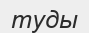
туды